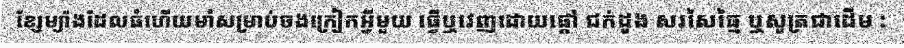
ខ្សែម្យ៉ាងដែលធំហើយមាំសម្រាប់ចងក្រៀកអ្វីមួយ ធ្វើឬវេញដោយផ្តៅ ជក់ដូង សរសៃធ្មៃ ឬសូត្រជាដើម :